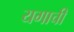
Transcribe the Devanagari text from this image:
यगाची